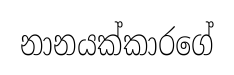
නානයක්කාරගේ